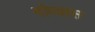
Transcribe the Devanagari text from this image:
गोव्यास